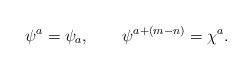
LaTeX: \begin{align*}\psi^a = \psi_a, \qquad \psi^{a+(m-n)} = \chi^a.\end{align*}